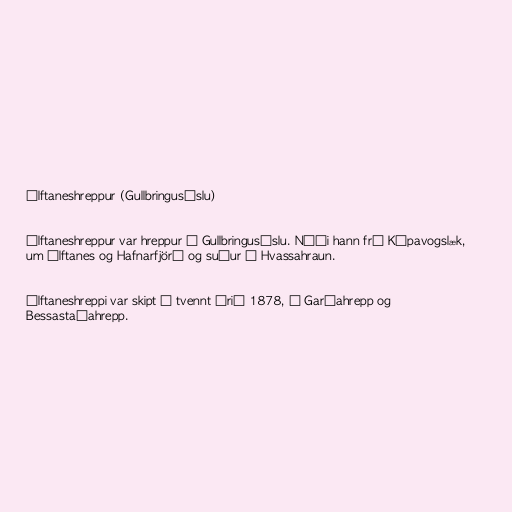
Álftaneshreppur (Gullbringusýslu)

Álftaneshreppur var hreppur í Gullbringusýslu. Náði hann frá Kópavogslæk,
um Álftanes og Hafnarfjörð og suður í Hvassahraun.

Álftaneshreppi var skipt í tvennt árið 1878, í Garðahrepp og
Bessastaðahrepp.